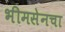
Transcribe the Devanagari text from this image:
भीमसेनचा